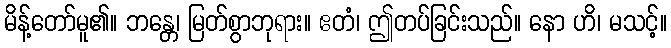
မိန့်တော်မူ၏။ ဘန္တေ၊ မြတ်စွာဘုရား။ ဧတံ၊ ဤတပ်ခြင်းသည်။ နော ဟိ၊ မသင့်။